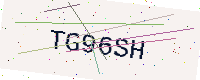
Text: TG96SH